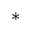
^ *